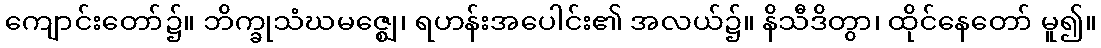
ကျောင်းတော်၌။ ဘိက္ခုသံဃမဇ္ဈေ၊ ရဟန်းအပေါင်း၏ အလယ်၌။ နိသီဒိတွာ၊ ထိုင်နေတော် မူ၍။